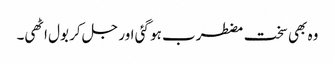
وہ بھی سخت مضطرب ہو گئی اور جل کر بول اٹھی۔